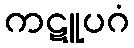
ကဋူပဂံ